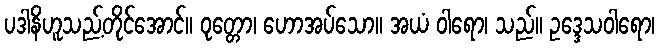
ပဒါနိဟူသည့်တိုင်အောင်။ ဝုတ္တော၊ ဟောအပ်သော။ အယံ ဝါရော၊ သည်။ ဥဒ္ဒေသဝါရော၊